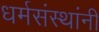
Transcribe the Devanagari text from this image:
धर्मसंस्थांनी